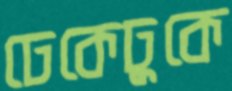
ঢেকেঢুকে